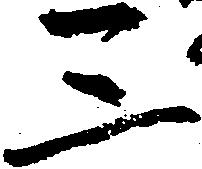
三